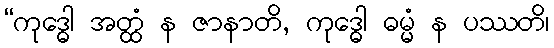
“ကုဒ္ဓေါ အတ္ထံ န ဇာနာတိ, ကုဒ္ဓေါ ဓမ္မံ န ပဿတိ၊